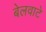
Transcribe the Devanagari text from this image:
बेलवाटे